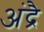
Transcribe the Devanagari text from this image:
अंद्रै